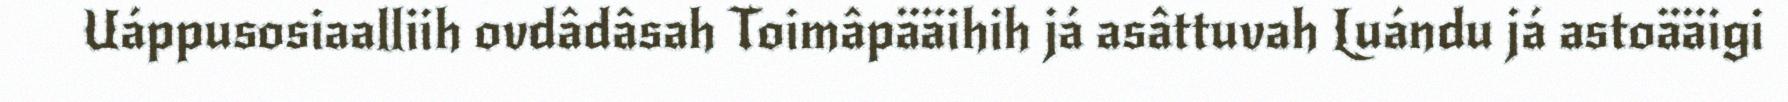
Uáppusosiaalliih ovdâdâsah Toimâpääihih já asâttuvah Luándu já astoääigi